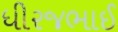
ધીરજભાઈ